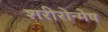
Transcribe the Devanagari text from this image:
शरीरोन्मेष